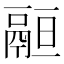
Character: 𩰵